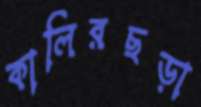
কালিরছড়া